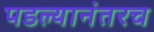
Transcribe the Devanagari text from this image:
पडल्यानंतरच